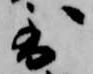
到